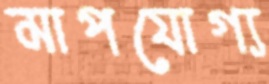
মাপযোগ্য